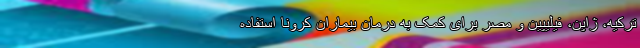
ترکیه، ژاپن، فیلیپین و مصر برای کمک به درمان بیماران کرونا استفاده